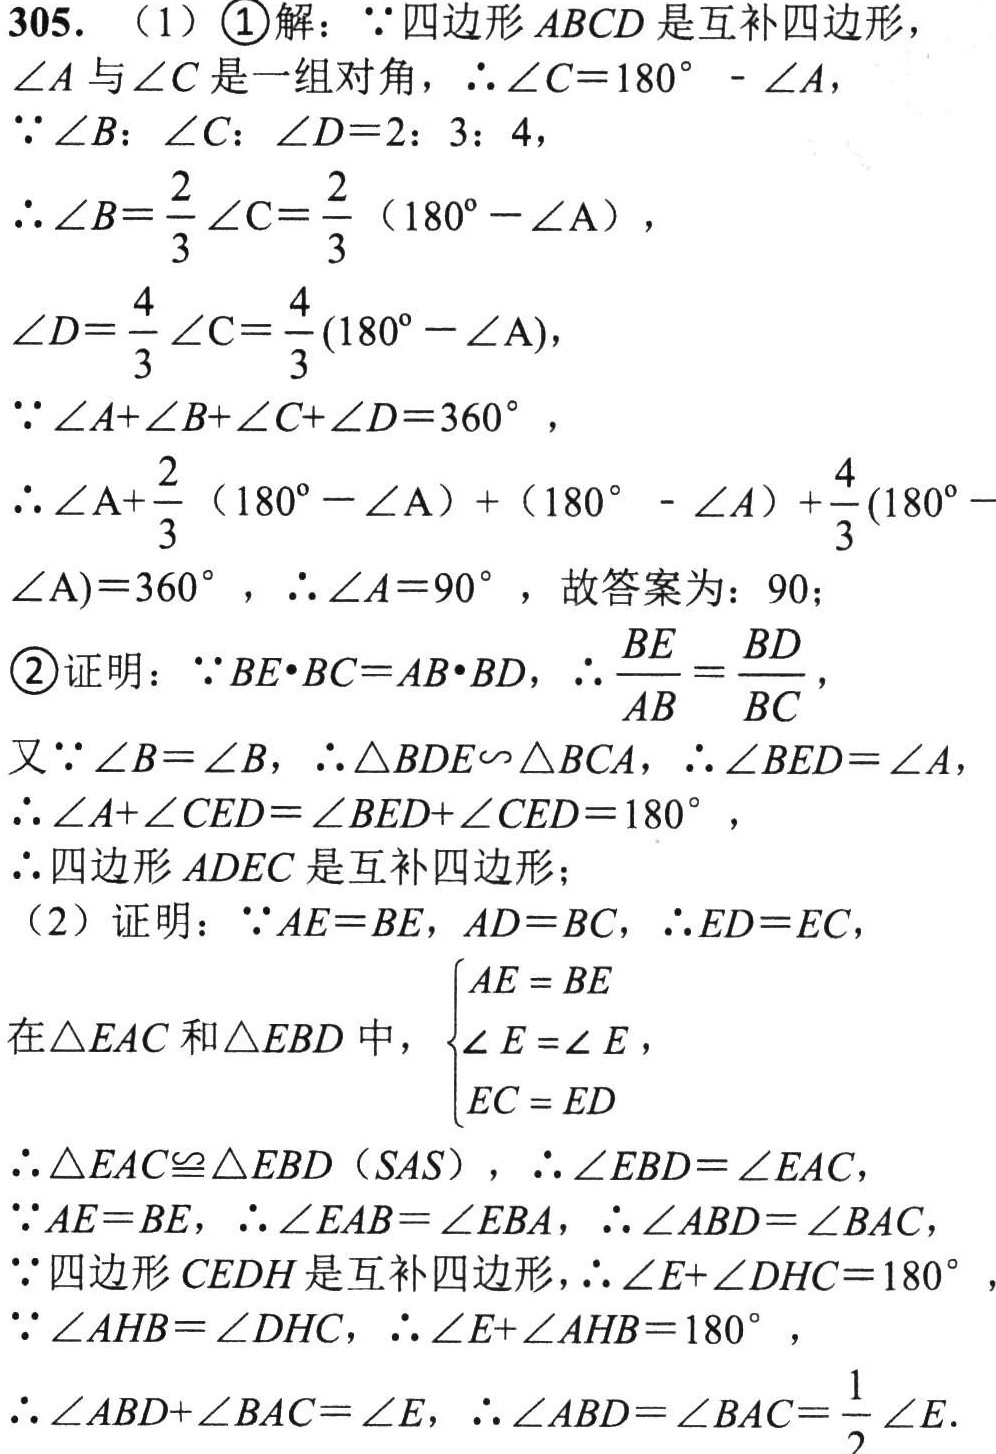
305. （1）\textcircled{1}解：
\(\because\) 四边形 \(ABCD\) 是互补四边形，\(\angle A\) 与 \(\angle C\) 是一组对角，\(\therefore\angle C = 180^{\circ}-\angle A\)，
\(\because\angle B:\angle C:\angle D = 2:3:4\)，
\(\therefore\angle B=\frac{2}{3}\angle C=\frac{2}{3}(180^{\circ}-\angle A)\)，
\(\angle D=\frac{4}{3}\angle C=\frac{4}{3}(180^{\circ}-\angle A)\)，
\(\because\angle A+\angle B+\angle C+\angle D = 360^{\circ}\)，
\(\therefore\angle A+\frac{2}{3}(180^{\circ}-\angle A)+(180^{\circ}-\angle A)+\frac{4}{3}(180^{\circ}-\angle A)=360^{\circ}\)，\(\therefore\angle A = 90^{\circ}\)，故答案为：\(90\)；
\textcircled{2}证明：\(\because BE\cdot BC = AB\cdot BD\)，\(\therefore\frac{BE}{AB}=\frac{BD}{BC}\)，
又\(\because\angle B=\angle B\)，\(\therefore\triangle BDE\sim\triangle BCA\)，\(\therefore\angle BED=\angle A\)，
\(\therefore\angle A+\angle CED=\angle BED+\angle CED = 180^{\circ}\)，
\(\therefore\) 四边形 \(ADEC\) 是互补四边形；
（2）证明：\(\because AE = BE\)，\(AD = BC\)，\(\therefore ED = EC\)，
在 \(\triangle EAC\) 和 \(\triangle EBD\) 中，\(\begin{cases}AE = BE\\\angle E=\angle E\\EC = ED\end{cases}\)
\(\therefore\triangle EAC\cong\triangle EBD(SAS)\)，\(\therefore\angle EBD=\angle EAC\)，
\(\because AE = BE\)，\(\therefore\angle EAB=\angle EBA\)，\(\therefore\angle ABD=\angle BAC\)，
\(\because\) 四边形 \(CEDH\) 是互补四边形，\(\therefore\angle E+\angle DHC = 180^{\circ}\)，
\(\because\angle AHB=\angle DHC\)，\(\therefore\angle E+\angle AHB = 180^{\circ}\)，
\(\therefore\angle ABD+\angle BAC=\angle E\)，\(\therefore\angle ABD=\angle BAC=\frac{1}{2}\angle E\).